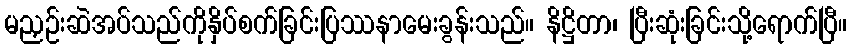
မညှဉ်းဆဲအပ်သည်ကိုနှိပ်စက်ခြင်းပြဿနာမေးခွန်းသည်။ နိဋ္ဌိတာ၊ ပြီးဆုံးခြင်းသို့ရောက်ပြီ။